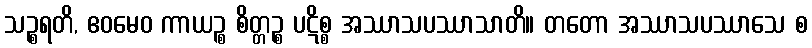
သဉ္စရတိ, ဧဝမေဝ ကာယဉ္စ စိတ္တဉ္စ ပဋိစ္စ အဿာသပဿာသာတိ။ တတော အဿာသပဿာသေ စ